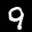
Label: 9